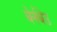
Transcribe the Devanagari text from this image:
बेर्नबेउ